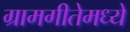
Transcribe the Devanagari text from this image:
ग्रामगीतेमध्ये